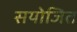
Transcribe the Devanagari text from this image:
सयोजित